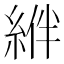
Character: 𦁂